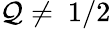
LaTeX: \mathcal{Q}\ne~1/2